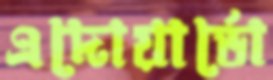
এদোয়ার্ডো